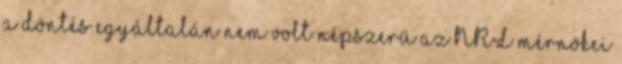
a döntés egyáltalán nem volt népszerű az NRL mérnökei